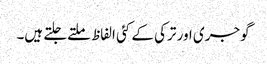
گوجری اور ترکی کے کئی الفاظ ملتےجلتے ہیں۔